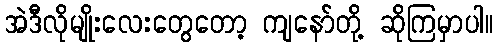
အဲဒီလိုမျိုးလေးတွေတော့ ကျနော်တို့ ဆိုကြမှာပါ။